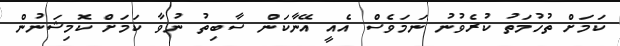
ކަމަށް ތުހުމަތު ކުރެވުނު ނަމަވެސް އެއީ އޭނާކަން ސާބިތު ނުވާ ކަމަށް ކޮމިޝަނުން